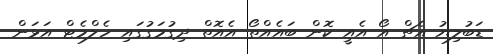
ޑަބުލިޔު އެޗް އޯ އެއީ ކޮން ބައެއްތޯ އެއޮތް ދިގުމަގުގައި ހެލްމެޓް އަޅަން